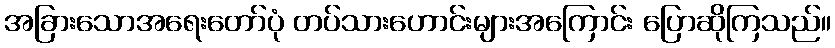
အခြားသောအရေးတော်ပုံ တပ်သားဟောင်းများအကြောင်း ပြောဆိုကြသည်။